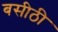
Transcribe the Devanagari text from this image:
बसीठी